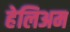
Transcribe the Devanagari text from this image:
हेलिअम